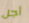
أجل